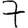
Digit: 7